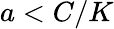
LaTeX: a<C/K